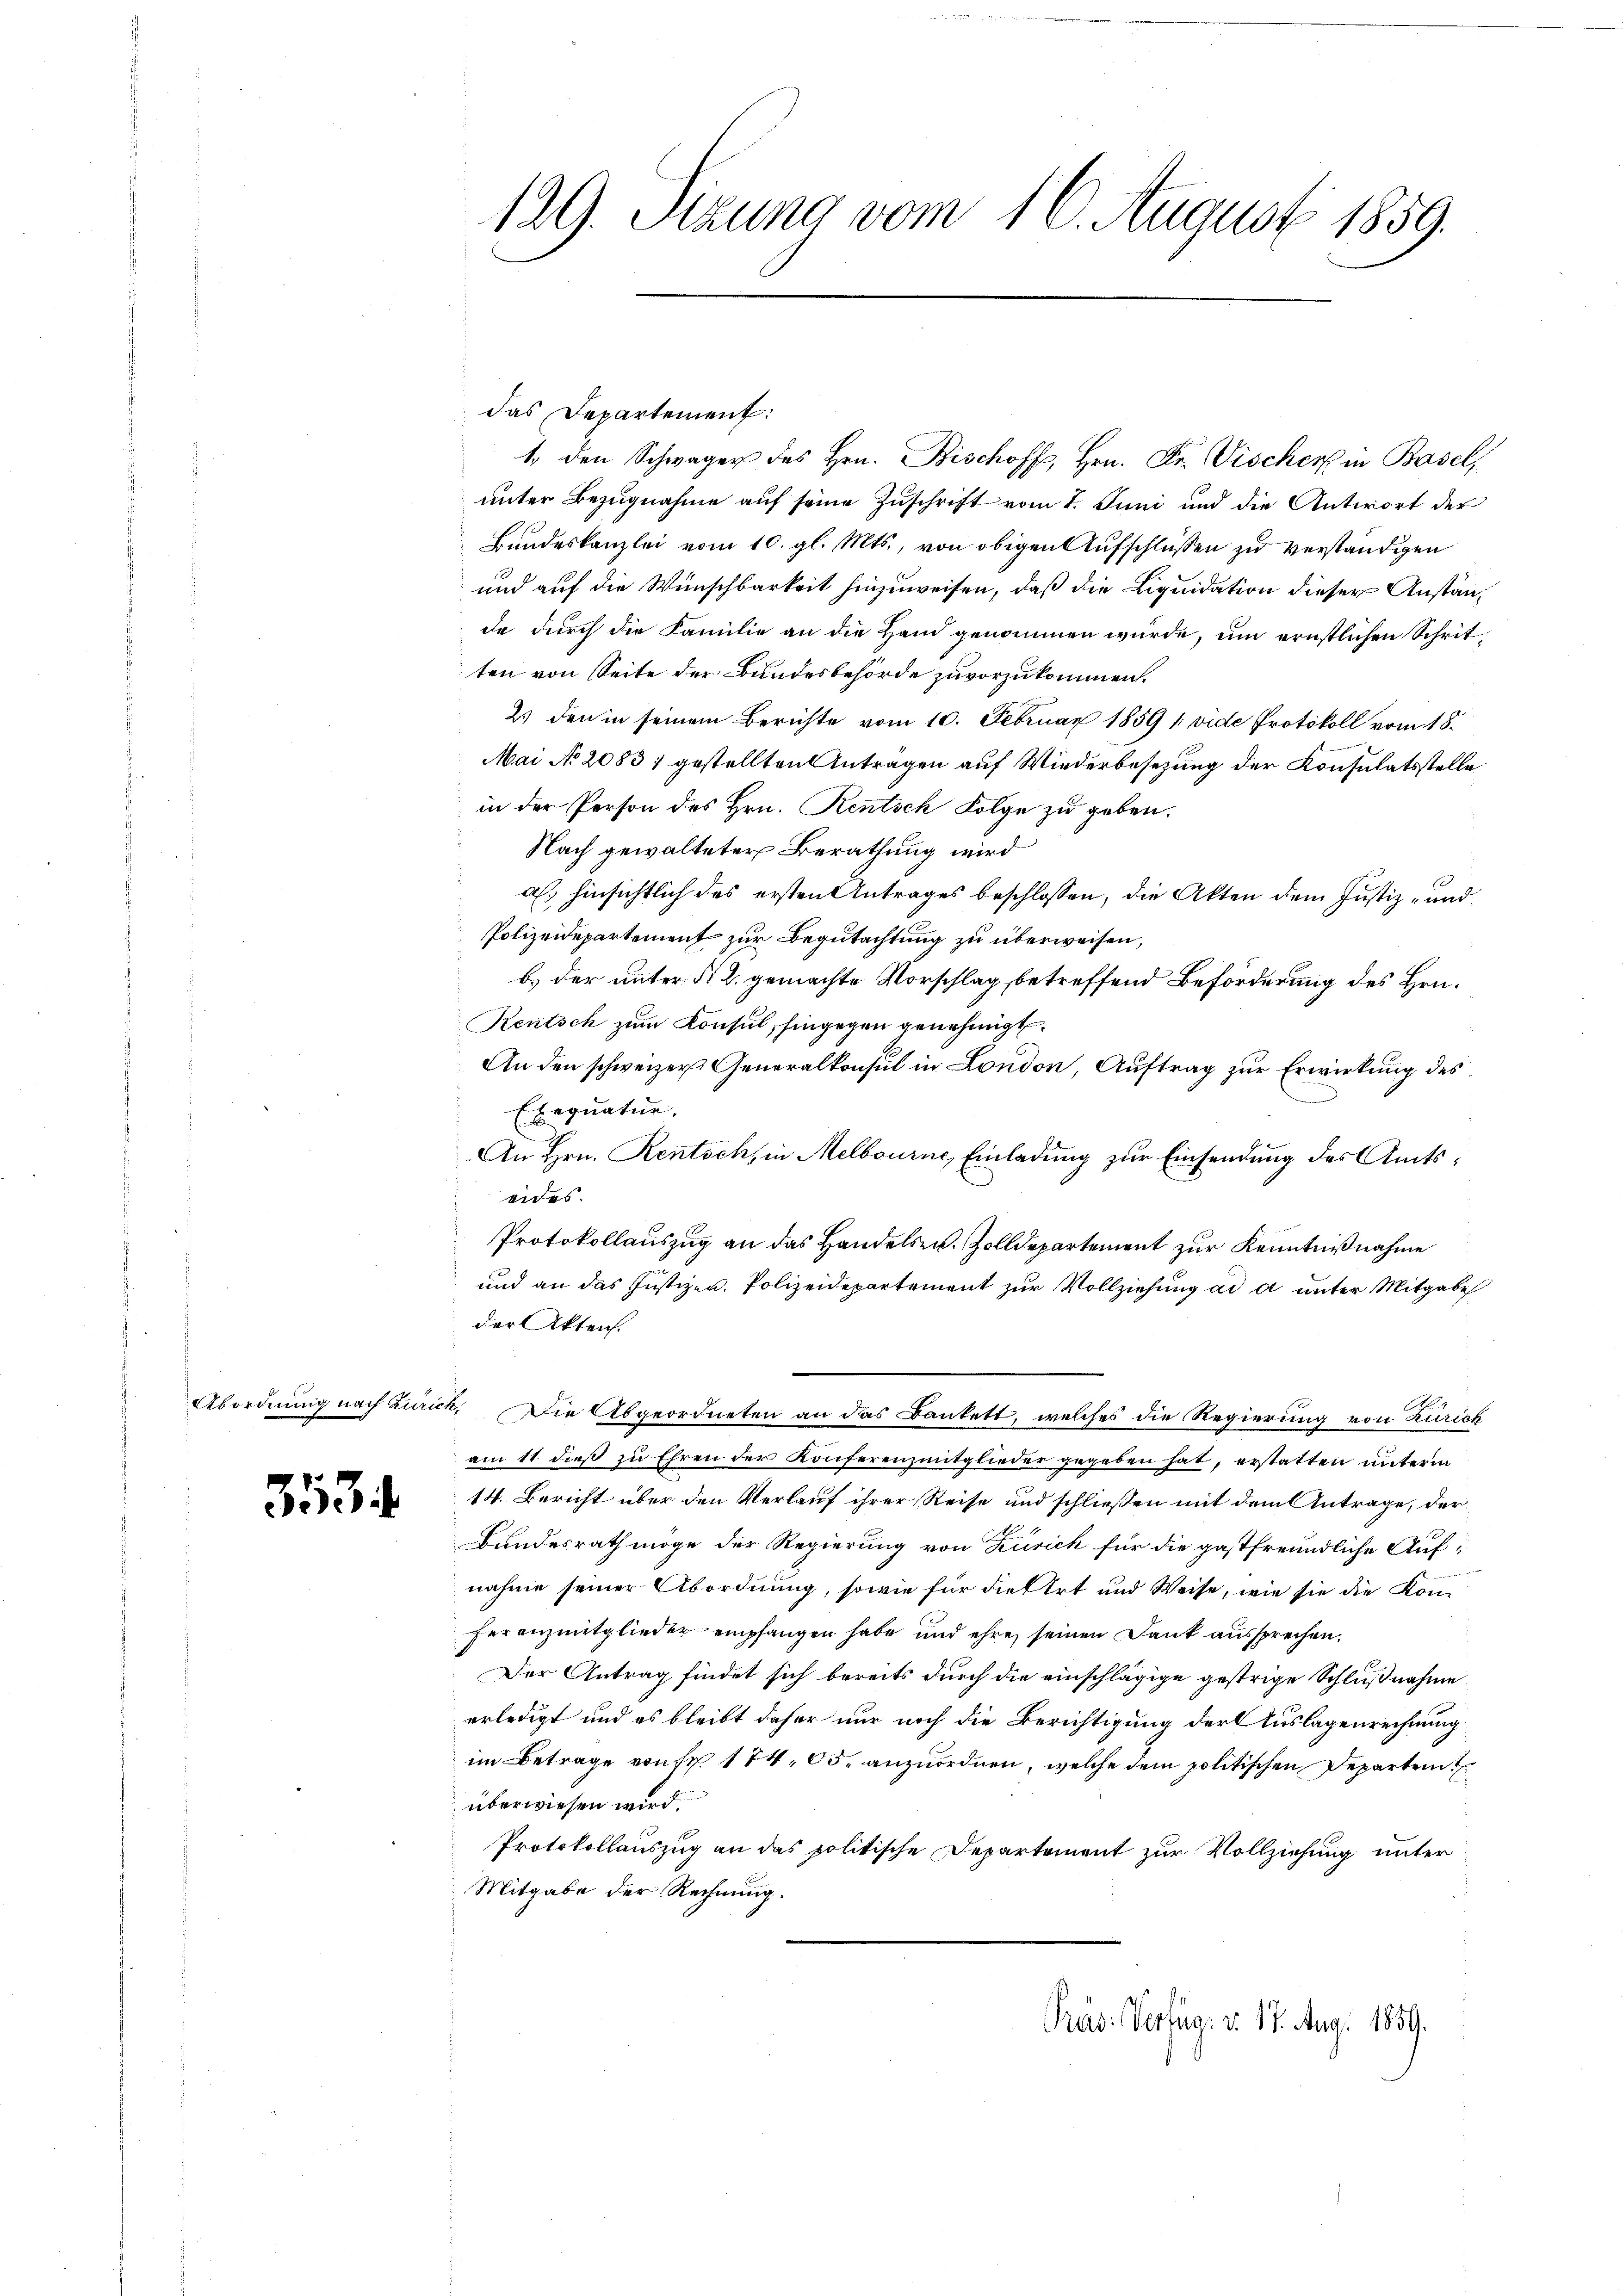
353.

das Departement:
1. den Schwager des Hrn. Bischoffs, Hrn. Fr. Vischer in Basel,
unter Bezugnahme auf seine Zuschrift vom 1. Juni und die Antwort der
Bundeskanzlei vom 10. gl. Mts., von obigen Aufschlüssen zu verständigen
und auf die Wünschbarkeit hinzuweisen, daß die Liquidation dieser Anstände durch die Familie an die Hand genommen würde, um ernstlichen Schritten von Seite der Bundesbehörde zuvorzukommen.
2) den in seinem Berichte vom 10. Februar 1859 (vide Protokoll vom 18.
Mai No 20831 gestellten Anträgen auf Wiederbesezung der Konsulatsstelle
in der Person des Hrn. Rentsch Folge zu geben.
Nach gewalteter Berathung wird
al. hinsichtlich des ersten Antrages beschlossen, die Akten dem Justiz- und
Polizeidepartement zur Begutachtung zu überweisen,
b.) der unter § 2. gemachte Vorschlag betreffend Beförderung des Hrn.
Rentsch zum Konsul, hingegen genehmigt.
An den schweizer Generalkonsul in London, Auftrag zur Erwirkung des
Exequatur.
An Hrn. Rentsch, in Melbourne, Einladung zur Einsendung des Amtseides.
Protokollauszug an das Handelsen. Zolldepartement zur Kenntnißnahme
und an das Justizen. Polizeidepartement zur Vollziehung ad a unter Mitgabe
der Akten.
Abordnung nach Zurick. Die Abgeordneten an das Dankett, welches die Regierung von Zürich
am 11. dieß zu Ehren der Konferenzmitglieder gegeben hat, erstatten unterm
14. Bericht über den Verlauf ihrer Reise und schließen mit dem Antrage, der¬
Bundesrath möge der Regierung von Zürich für die gastfreundliche Aufnahme seiner Abordnung, sowie für diesert und Weise, wie sie die Kom¬
Feranzmitglieder empfangen habe und ehre, seinen Dank aussprechen,
Der Antrag findet sich bereits durch die einschlägige gestrige Schlußnahme
erledigt und es bleibt daher nur noch die Berichtigung der Auslagenrechnung
im Betrage von Fr. 174, 00. anzuordnen, welche dem politischen Departen
überwiesen wird.
Protokollauszug an das politische Departement zur Vollziehung unter
Mitgabe der Rechnung.
Præs: Verlug. v. 17. Aug. 1859.

129. Sitzung vom 16. August 1859.